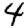
Digit: 4